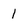
Character: 1